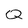
Character: Q